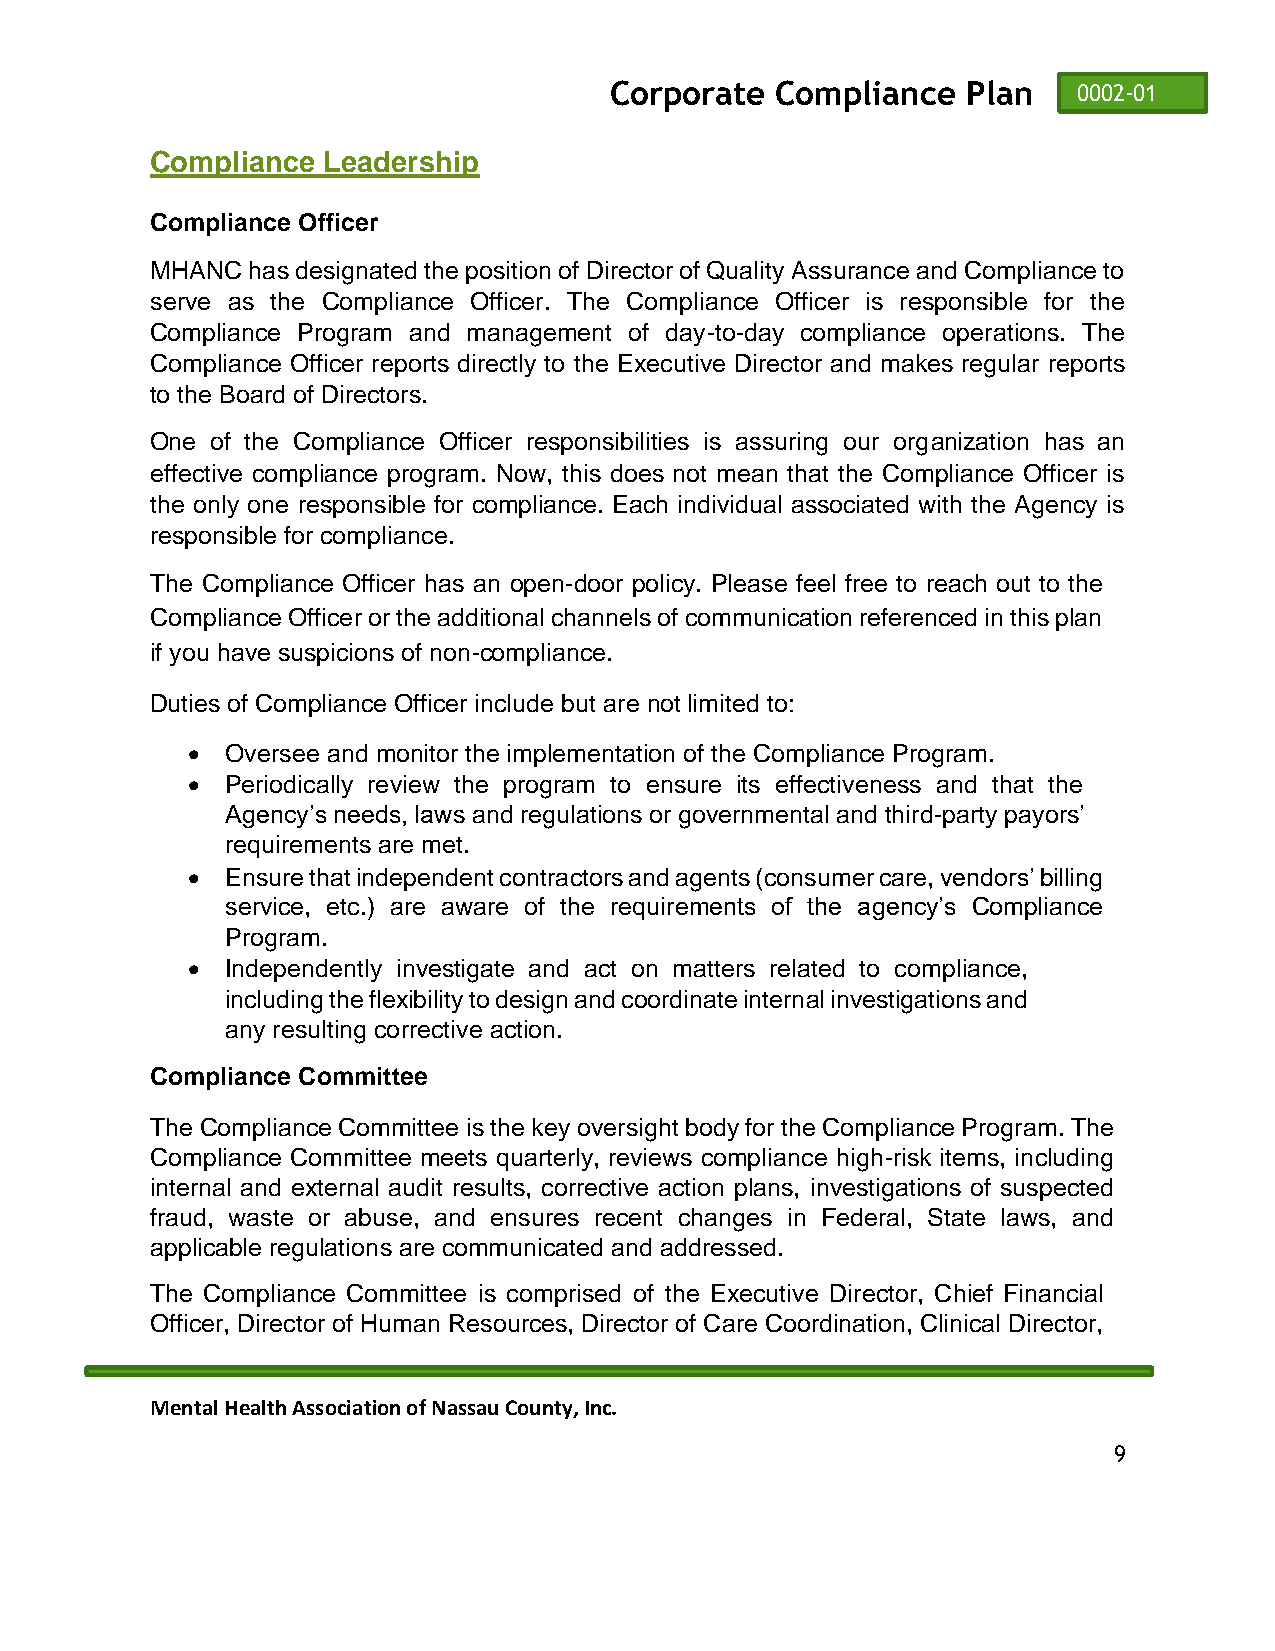
Corporate  Compliance   Plan   0002-01
 Compliance Leadership
 Compliance Officer
 MHANC has designated the position of Director of Quality Assurance and Compliance to
 serve as the Compliance Officer. The Compliance Officer is responsible for the
 Compliance Program and management of day-to-day compliance operations. The
 Compliance Officer reports directly to the Executive Director and makes regular reports
 to the Board of Directors.
 One of the Compliance Officer responsibilities is assuring our organization has an
 effective compliance program. Now, this does not mean that the Compliance Officer is
 the only one responsible for compliance. Each individual associated with the Agency is
 responsible for compliance.
 The Compliance Officer has an open-door policy. Please feel free to reach out to the
 Compliance Officer or the additional channels of communication referenced in this plan
 if you have suspicions of non-compliance.
 Duties of Compliance Officer include but are not limited to:
 •  Oversee and monitor the implementation of the Compliance Program.
 •  Periodically review the program to ensure its effectiveness and that the
 Agency’s needs, laws and regulations or governmental and third-party payors’
 requirements are met.
 •  Ensure that independent contractors and agents (consumer care, vendors’ billing
 service, etc.) are aware of the requirements of the agency’s Compliance
 Program.
 •  Independently investigate and act on matters related to compliance,
 including the flexibility to design and coordinate internal investigations and
 any resulting corrective action.
 Compliance Committee
 The Compliance Committee is the key oversight body for the Compliance Program. The
 Compliance Committee meets quarterly, reviews compliance high-risk items, including
 internal and external audit results, corrective action plans, investigations of suspected
 fraud, waste or abuse, and ensures recent changes in Federal, State laws, and
 applicable regulations are communicated and addressed.
 The Compliance Committee is comprised of the Executive Director, Chief Financial
 Officer, Director of Human Resources, Director of Care Coordination, Clinical Director,
 Mental Health Association of Nassau County, Inc.
 9